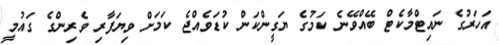
އަހަރުގެ ނައިޓްމާކެޓް ބޭއްވޭނެ ކަމުގެ ޔަގީންކަން ކުޑަވެއްޖެ ކަމަށް ވިޔަފާރި ވެރިންގެ ގައުމީ